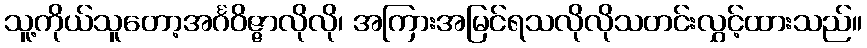
သူ့ကိုယ်သူတော့အင်္ဂဝိဇ္ဇာလိုလို၊ အကြားအမြင်ရသလိုလိုသတင်းလွှင့်ထားသည်။